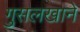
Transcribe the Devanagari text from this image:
गुसलखाने